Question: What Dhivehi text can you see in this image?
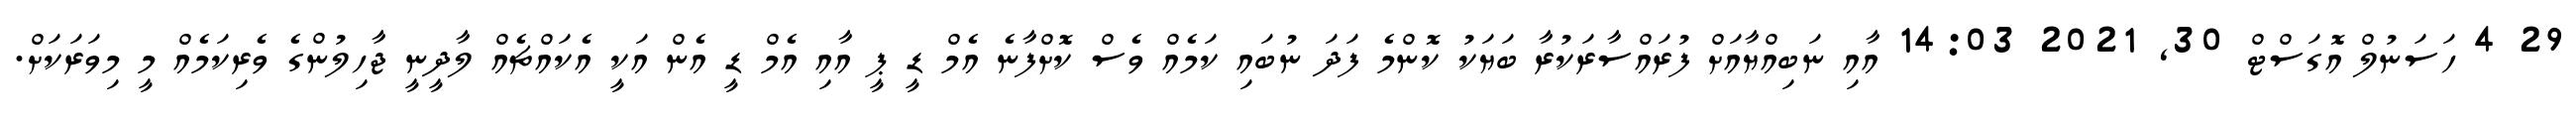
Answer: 29 4 ހަސަނުލް އޮގަސްޓް 30, 2021 14:03 އާއި ނަބިއްޔާއަށް ފުރައްސާރަކުރާ ބަޔަކު ކޮންމެ ފަދަ ނުބައި ކަމެއް ވެސް ކޮށްފާނެ އެމް ޑީ ޕީ އާއި އެމް ޑީ އެން އަކީ އެކައްޗެއް ލާދީނީ ޖާހިލުންގެ ވެރިކަމެއް މީ މިވަރަކަށް.